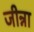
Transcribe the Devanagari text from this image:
जीन्ना